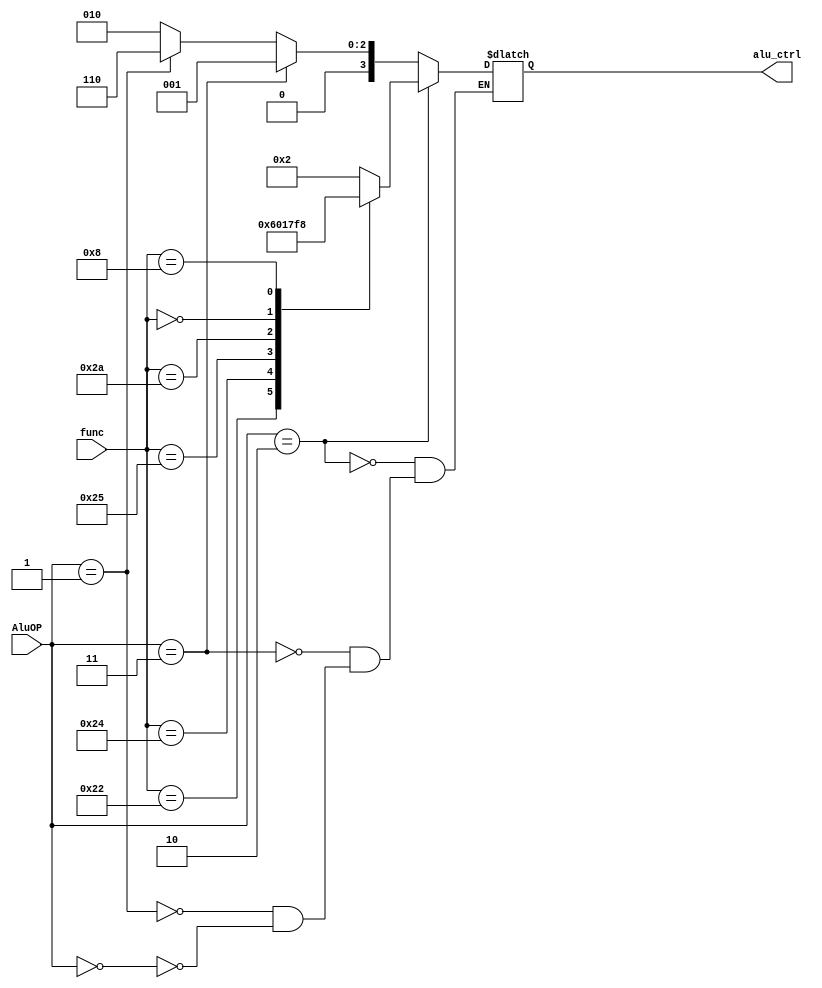
module Alu_ctrl(input [1:0] AluOP,input [5:0] func,output reg [3:0] alu_ctrl);


always @(AluOP or func)
begin



 if(AluOP == 2'b00)
 begin
   alu_ctrl <= 4'b0010; // load_word or store word or addi
    //jr<=1'b0; 
 end
 if(AluOP == 2'b01)
 begin
  alu_ctrl <= 4'b0110; // branch equal
  //jr<=1'b0;
  end
 if(AluOP == 2'b11)
 begin
 alu_ctrl <= 4'b0001; // ori
  //jr<=1'b0;
 end

 //r-type
 if(AluOP == 2'b10 )
 begin
    case(func)
  6'b100000 : begin alu_ctrl <= 4'b0010;  end // ADD 
  6'b100010 : begin alu_ctrl <= 4'b0110; end // SUB
  6'b100100 : begin alu_ctrl <= 4'b0000;  end  //AND
  6'b100101 : begin alu_ctrl <= 4'b0001;  end //OR
  6'b101010 : begin alu_ctrl <= 4'b0111;  end //SLT
  6'b000000 : begin alu_ctrl <= 4'b1111;  end //SLL//we want it in Alu//alu_ctrl=4'b1111: result<=opB<<instruction[10:6];//sll
  6'b001000 : begin alu_ctrl <= 4'b1000;  end//JR
  default begin alu_ctrl<=4'bxxxx ;  end 
  
  endcase
 end
end
endmodule